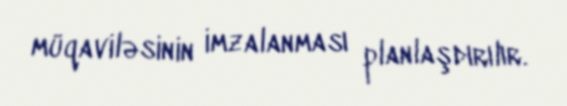
müqaviləsinin imzalanması planlaşdırılır.